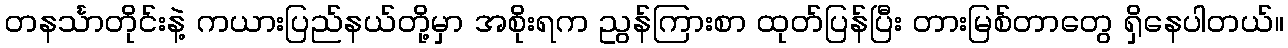
တနင်္သာတိုင်းနဲ့ ကယားပြည်နယ်တို့မှာ အစိုးရက ညွန်ကြားစာ ထုတ်ပြန်ပြီး တားမြစ်တာတွေ ရှိနေပါတယ်။